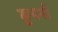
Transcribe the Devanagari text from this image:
कूपनों